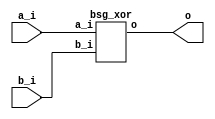
// This program was cloned from: https://github.com/chipsalliance/UHDM-integration-tests
// License: Apache License 2.0



module top
(
  a_i,
  b_i,
  o
);

  input [15:0] a_i;
  input [15:0] b_i;
  output [15:0] o;

  bsg_xor
  wrapper
  (
    .a_i(a_i),
    .b_i(b_i),
    .o(o)
  );


endmodule



module bsg_xor
(
  a_i,
  b_i,
  o
);

  input [15:0] a_i;
  input [15:0] b_i;
  output [15:0] o;
  wire [15:0] o;
  assign o[15] = a_i[15] ^ b_i[15];
  assign o[14] = a_i[14] ^ b_i[14];
  assign o[13] = a_i[13] ^ b_i[13];
  assign o[12] = a_i[12] ^ b_i[12];
  assign o[11] = a_i[11] ^ b_i[11];
  assign o[10] = a_i[10] ^ b_i[10];
  assign o[9] = a_i[9] ^ b_i[9];
  assign o[8] = a_i[8] ^ b_i[8];
  assign o[7] = a_i[7] ^ b_i[7];
  assign o[6] = a_i[6] ^ b_i[6];
  assign o[5] = a_i[5] ^ b_i[5];
  assign o[4] = a_i[4] ^ b_i[4];
  assign o[3] = a_i[3] ^ b_i[3];
  assign o[2] = a_i[2] ^ b_i[2];
  assign o[1] = a_i[1] ^ b_i[1];
  assign o[0] = a_i[0] ^ b_i[0];

endmodule